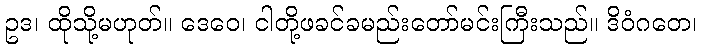
ဥဒ၊ ထိုသို့မဟုတ်။ ဒေဝေ၊ ငါတို့ဖခင်ခမည်းတော်မင်းကြီးသည်။ ဒိဝံဂတေ၊